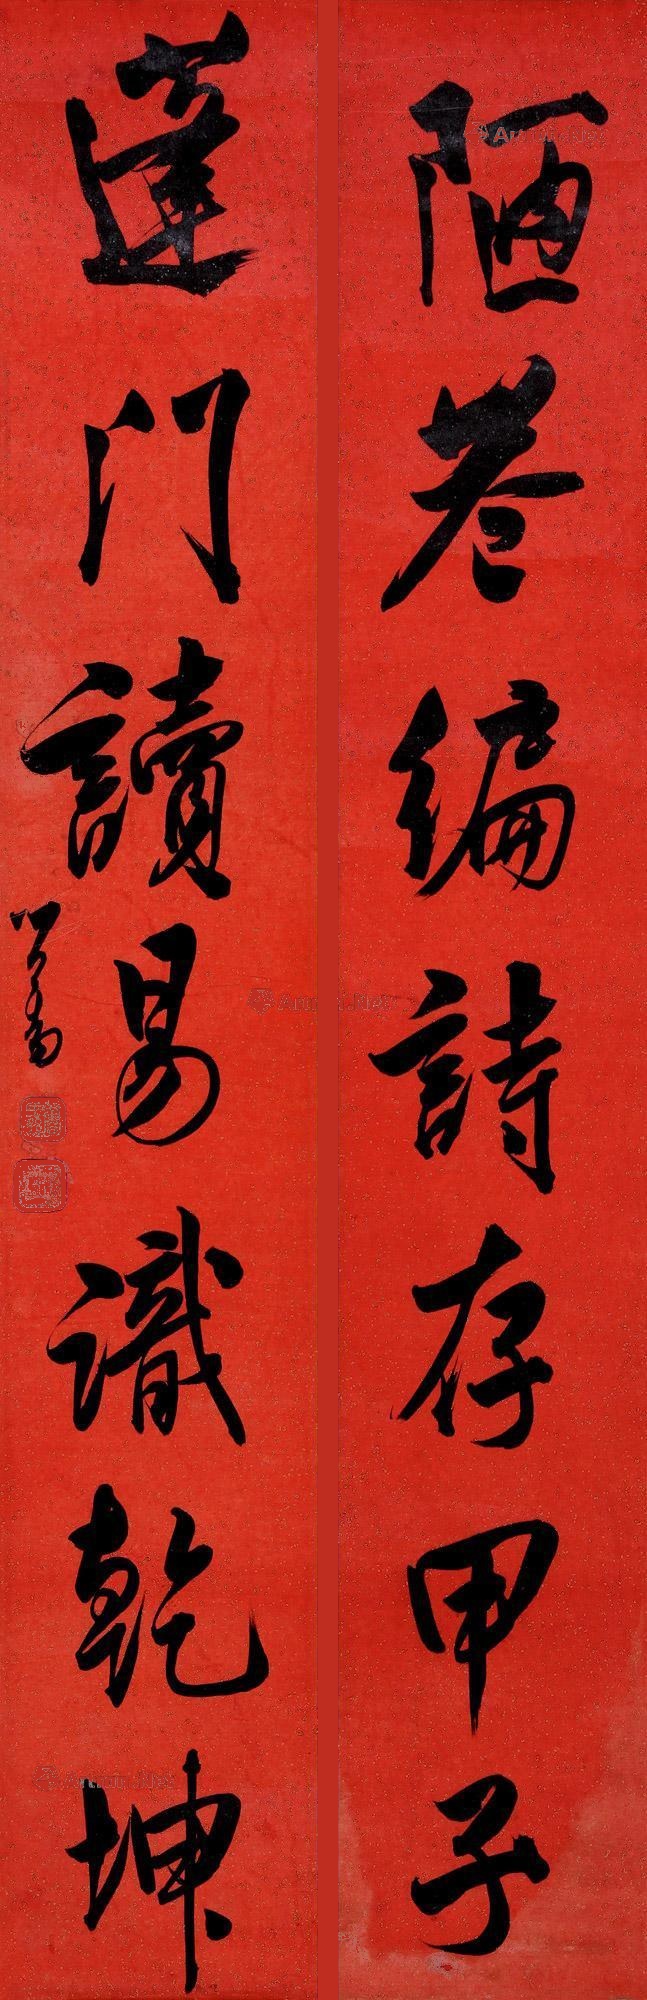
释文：陋冬编诗存甲子，蓬门读易识乾坤。心畬。